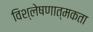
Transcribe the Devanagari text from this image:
विश्लेषणात्मकता